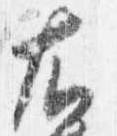
右